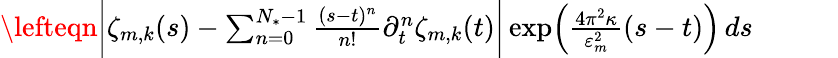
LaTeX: \begin{array}{rl}{\lefteqn{\biggl|\zeta_{m,k}(s)-\sum_{n=0}^{N_{*}-1}\frac{(s-t)^{n}}{n!}\partial_{t}^{n}\zeta_{m,k}(t)\biggr|\exp\Bigl(\frac{4\pi^{2}\kappa}{\varepsilon_{m}^{2}}(s-t)\Bigr)\, ds}\qquad}&{{}}\end{array}